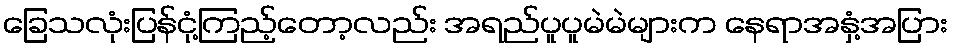
ခြေသလုံးပြန်ငုံ့ကြည့်တော့လည်း အရည်ပူပူမဲမဲများက နေရာအနှံ့အပြား